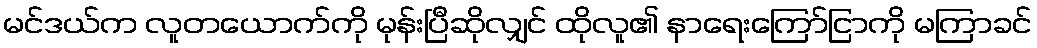
မင်ဒယ်က လူတယောက်ကို မုန်းပြီဆိုလျှင် ထိုလူ၏ နာရေးကြော်ငြာကို မကြာခင်